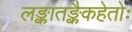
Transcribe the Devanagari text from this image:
लङ्कातङ्कैकहेतोः